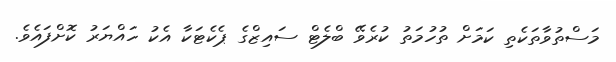
މަސްތުވާތަކެތި ކަމަށް ތުހުމަތު ކުރެވޭ ބްލެޓް ސައިޒްގެ ޕެކެޓަކާ އެކު ހައްޔަރު ކޮށްފައެވެ.